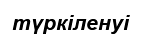
түркіленуі